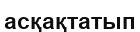
асқақтатып